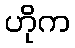
ဟိုက